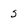
Character: 5